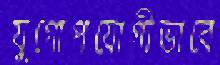
যুগোপযোগীভাবে